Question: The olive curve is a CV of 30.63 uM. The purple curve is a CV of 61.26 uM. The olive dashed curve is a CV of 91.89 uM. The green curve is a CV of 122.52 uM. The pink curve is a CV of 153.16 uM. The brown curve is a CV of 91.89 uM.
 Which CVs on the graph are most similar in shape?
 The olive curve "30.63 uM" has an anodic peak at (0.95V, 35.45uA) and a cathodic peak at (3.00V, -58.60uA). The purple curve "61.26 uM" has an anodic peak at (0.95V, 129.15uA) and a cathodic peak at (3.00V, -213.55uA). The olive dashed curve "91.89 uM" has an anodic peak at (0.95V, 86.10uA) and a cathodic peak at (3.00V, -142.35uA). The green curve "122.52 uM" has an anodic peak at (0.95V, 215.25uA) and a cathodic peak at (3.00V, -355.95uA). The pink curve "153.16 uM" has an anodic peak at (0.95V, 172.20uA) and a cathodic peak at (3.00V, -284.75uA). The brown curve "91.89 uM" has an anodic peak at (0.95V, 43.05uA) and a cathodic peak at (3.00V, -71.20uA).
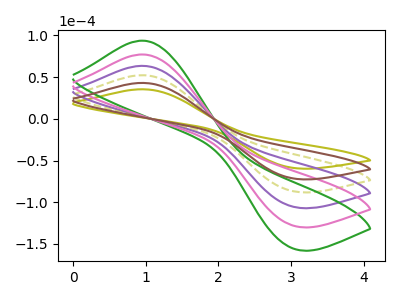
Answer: <think>All the peaks in "30.63 uM" have a peak in "61.26 uM" at the same potential. Every peak in "30.63 uM" is lower than every peak in "61.26 uM". All the peaks in "30.63 uM" have a peak in "91.89 uM" at the same potential. Every peak in "30.63 uM" is lower than every peak in "91.89 uM". All the peaks in "30.63 uM" have a peak in "122.52 uM" at the same potential. Every peak in "30.63 uM" is lower than every peak in "122.52 uM". All the peaks in "30.63 uM" have a peak in "153.16 uM" at the same potential. Every peak in "30.63 uM" is lower than every peak in "153.16 uM". All the peaks in "30.63 uM" have a peak in "91.89 uM" at the same potential. Every peak in "30.63 uM" is lower than every peak in "91.89 uM". All the peaks in "61.26 uM" have a peak in "91.89 uM" at the same potential. Every peak in "61.26 uM" is higher than every peak in "91.89 uM". All the peaks in "61.26 uM" have a peak in "122.52 uM" at the same potential. Every peak in "61.26 uM" is lower than every peak in "122.52 uM". All the peaks in "61.26 uM" have a peak in "153.16 uM" at the same potential. Every peak in "61.26 uM" is lower than every peak in "153.16 uM". All the peaks in "61.26 uM" have a peak in "91.89 uM" at the same potential. Every peak in "61.26 uM" is higher than every peak in "91.89 uM". All the peaks in "91.89 uM" have a peak in "122.52 uM" at the same potential. Every peak in "91.89 uM" is lower than every peak in "122.52 uM". All the peaks in "91.89 uM" have a peak in "153.16 uM" at the same potential. Every peak in "91.89 uM" is lower than every peak in "153.16 uM". All the peaks in "91.89 uM" have a peak in "91.89 uM" at the same potential. Every peak in "91.89 uM" is higher than every peak in "91.89 uM". All the peaks in "122.52 uM" have a peak in "153.16 uM" at the same potential. Every peak in "122.52 uM" is higher than every peak in "153.16 uM". All the peaks in "122.52 uM" have a peak in "91.89 uM" at the same potential. Every peak in "122.52 uM" is higher than every peak in "91.89 uM". All the peaks in "153.16 uM" have a peak in "91.89 uM" at the same potential. Every peak in "153.16 uM" is higher than every peak in "91.89 uM".
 </think>
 <answer>"30.63 uM", "61.26 uM", "91.89 uM", "122.52 uM", "153.16 uM" and "91.89 uM" have the same shape and are likely CV's of the same chemical.</answer>
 <eval>"30.63 uM" "61.26 uM" "91.89 uM" "122.52 uM" "153.16 uM" "91.89 uM"</eval>